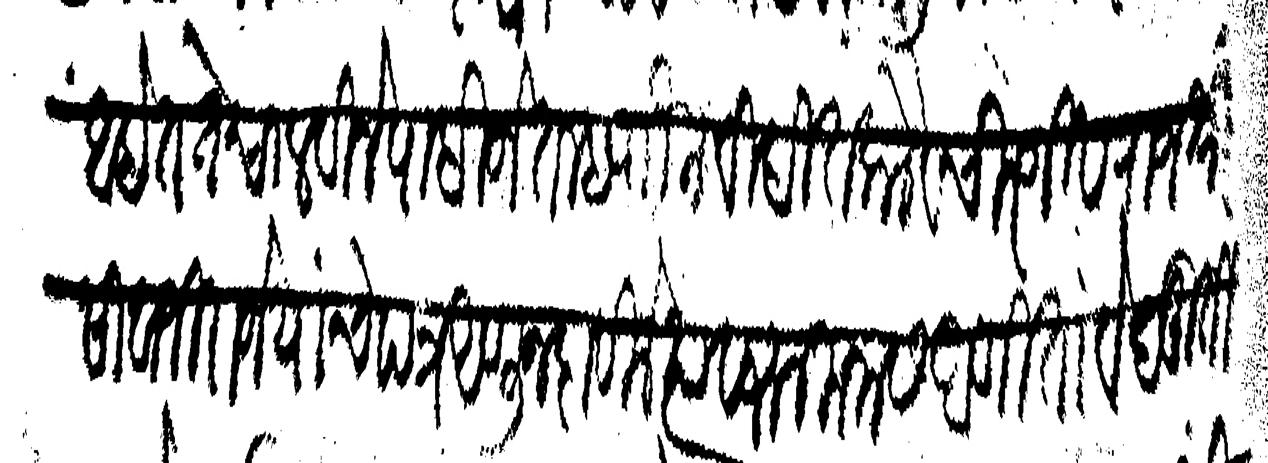
Transliteration (Devanagari): आहेत ते चालविले पाहिजेत म्हणोन विदित केले व चिरजीव राजश्री सिवाजी राजे यांचे पत्र आणून दाविले त्यावरून मनास आणितां वेदमूर्ती